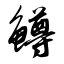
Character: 鳟